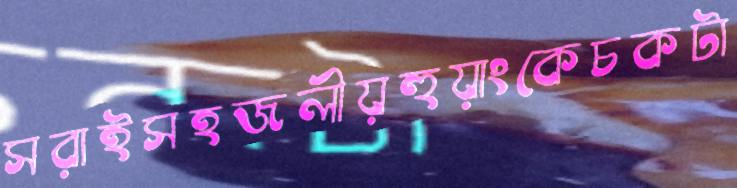
সরাইসহজলীয়হুয়াংকেচকটা